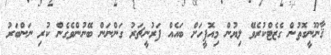
ޤާނޫނީގޮތުން ގެޒެޓްކުރެވޭ ލިޔުން މިއޮފީހަށް ބައެއް ފަރުނީޗަރު ގަންނަން ބޭނުންވެގެން ކުރި ނަންބަރު